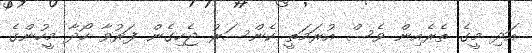
އަދި މީގެ ތެރެއިން ވެސް އުރަމަތީ ކެންސަރު ޖެހިގެން ފަރުވާ ހޯދާ މީހުންގެ